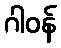
ဂါဝန်